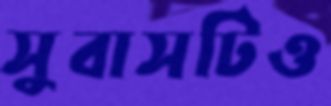
সুবাসটিও